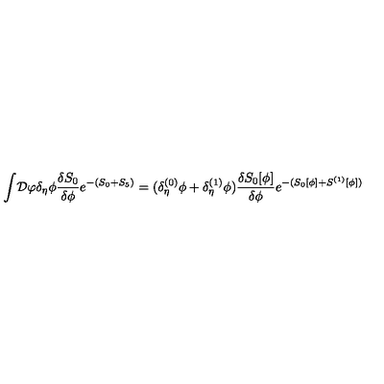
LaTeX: \int \! { \cal D } \varphi \delta _ { \eta } \phi { \frac { \delta S _ { 0 } } { \delta \phi } } e ^ { - ( S _ { 0 } + S _ { 5 } ) } = ( \delta _ { \eta } ^ { ( 0 ) } \phi + \delta _ { \eta } ^ { ( 1 ) } \phi ) { \frac { \delta S _ { 0 } [ \phi ] } { \delta \phi } } e ^ { - ( S _ { 0 } [ \phi ] + S ^ { ( 1 ) } [ \phi ] ) }